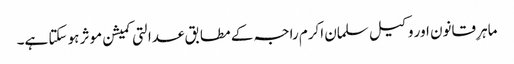
ماہرِ قانون اور وکیل سلمان اکرم راجہ کے مطابق عدالتی کمیشن موثر ہو سکتا ہے۔